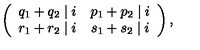
\left( \begin{array} { c c } { q _ { 1 } + q _ { 2 } \mid i } & { p _ { 1 } + p _ { 2 } \mid i } \\ { r _ { 1 } + r _ { 2 } \mid i } & { s _ { 1 } + s _ { 2 } \mid i } \\ \end{array} \right) ,